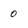
Character: 0